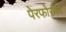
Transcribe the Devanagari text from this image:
पेरफोरमेर